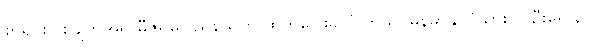
စာရင်းပြုစုချက်အရ မီဇိုရမ်ပြည်နယ်ကို ထွက်ပြေးခိုလှုံလာသူ မြန်မာနိုင်ငံသား လူဦးရေ ၃၇၀